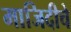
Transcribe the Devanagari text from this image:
माजिदीचे